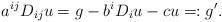
LaTeX: \begin{align*}a^{ij} D_{ij} u= g-b^i D_i u-cu =: g'.\end{align*}